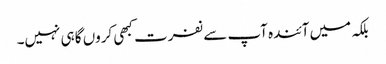
بلکہ میں آئندہ آپ سے نفرت کبھی کروں گا ہی نہیں۔